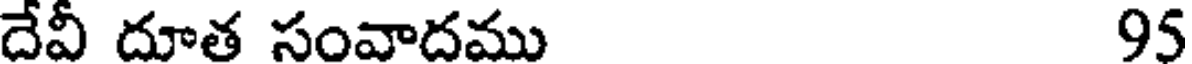
దేవీ దూత సంవాదము 95